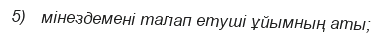
5)   мінездемені талап етуші ұйымның аты;